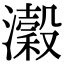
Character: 濲